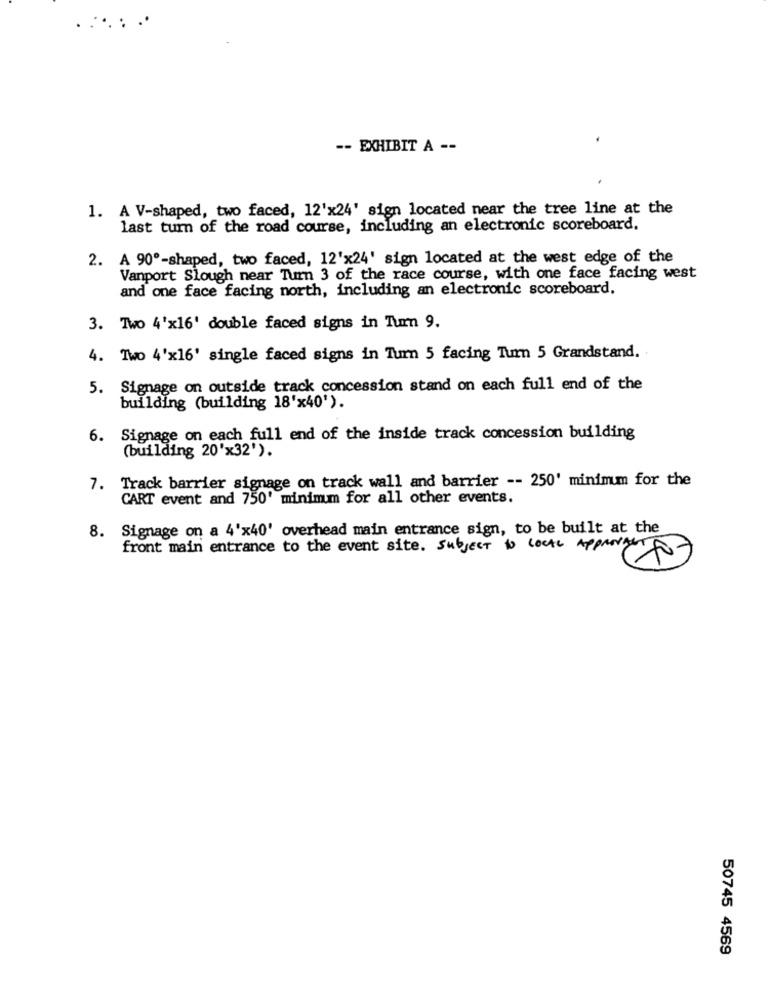
-- EXHIBIT A --
1. A V-shaped, two faced, 12'x24' sign located near the tree line at the
last turn of the road course, including an electronic scoreboard.
2. A 90º-shaped, two faced, 12'x24' sign located at the west edge of the
Vanport Slough near Turn 3 of the race course, with one face facing west
and one face facing north, including an electronic scoreboard.
3. Two 4'x16' double faced signs in Tum 9.
4. Two 4'x16' single faced signs in Turn 5 facing Turn 5 Grandstand.
5
Signage on outside track concession stand on each full end of the
building (building 18'x40').
6. Signage on each full end of the inside track concession building
(building 20'x32').
7. Track barrier signage on track wall and barrier -- 250' minimum for the
CART event and 750' minimm for all other events.
8. Signage on a 4'x40' overhead main entrance sign, to be built at the
front main entrance to the event site. Subject to LOCAL APPROVACT
50745 4569